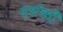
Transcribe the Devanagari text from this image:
दर्शकौं